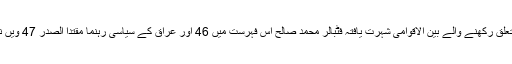
مصر سے تعلق رکھنے والے بین الاقوامی شہرت یافتہ فٹبالر محمد صالح اس فہرست میں 46 اور عراق کے سیاسی رہنما مقتدا الصدر 47 ویں نمبر پر ہیں۔